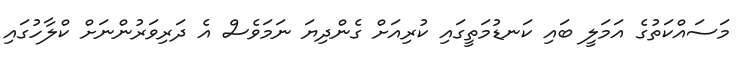
މަސައްކަތުގެ އަމަލީ ބައި ކަނޑުމަތީގައި ކުރިއަށް ގެންދިޔަ ނަމަވެސް އެ ދަރިވަރުންނަށް ކްލާހުގައި